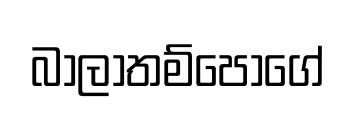
බාලාතම්පෝගේ